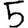
Digit: 5